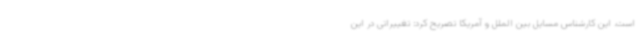
است. این کارشناس مسایل بین الملل و آمریکا تصریح کرد: تغییراتی در این